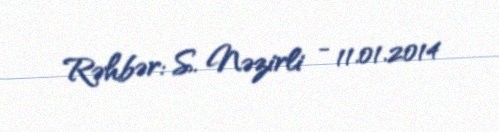
Rəhbər: S. Nəzirli - 11.01.2014